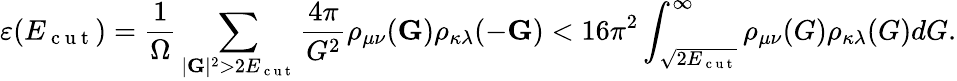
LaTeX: \varepsilon(E_{\mathrm{~c~u~t~}})=\frac{1}{\Omega}\sum_{|\mathbf{G}|^{2}>2E_{\mathrm{~c~u~t~}}}\frac{4\pi}{G^{2}}\rho_{\mu\nu}(\mathbf{G})\rho_{\kappa\lambda}(-\mathbf{G})<16\pi^{2}\int_{\sqrt{2E_{\mathrm{~c~u~t~}}}}^{\infty}\rho_{\mu\nu}(G)\rho_{\kappa\lambda}(G)dG.